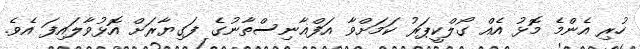
ހުރި އެންމެ މޮޅު އެއް ގޯލްކީޕަރު ކަމަށްވާ އަފްޣާނިސްތާނުގެ ފަގިޔާރަށް އޮޅުވާލައިފަ އެވެ.